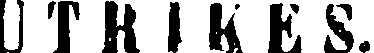
UTRIKES.